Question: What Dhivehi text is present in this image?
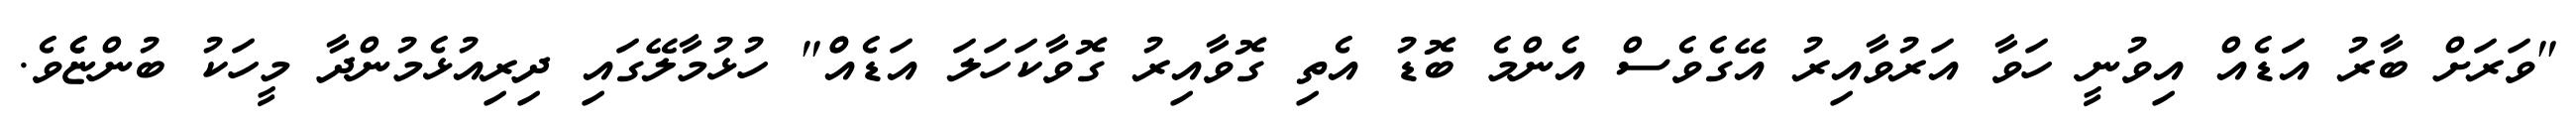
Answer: "ވަރަށް ބާރު އަަޑެއް އިވުނީ ހަވާ އަރުވާއިރު އޭގެވެސް އެންމެ ބޮޑު އެތި ގޮވާއިރު ގޮވާކަހަލަ އަޑެއްް" ހުޅުމާލޭގައި ދިރިއުޅެމުންދާ މީހަކު ބުންޏެެވެ.